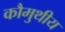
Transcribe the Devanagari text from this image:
कौमुथीय